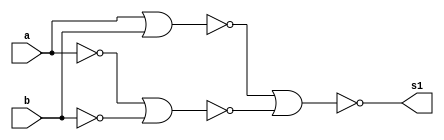
// -------------------------
// Guia_05 - GATES
// Nome: Marcos Antonio Lommez Candido Ribeiro
// 31/08/2022
// -------------------------

module A_xor_B(output s1, input a, input b);
    wire w_1, w_2, w_3, w_4;
    nor NOR1(w_1, a, b);
    nor NOR2(w_2, a, a);
    nor NOR3(w_3, b, b);
    nor NOR4(w_4, w_2, w_3);
    nor NOR5(s1, w_1, w_4);
endmodule

module ex;
    reg a, b;    // independente
    wire s1;

    // nor NOR1(s1, a, b);
    A_xor_B EX05_6(s1, a, b);

    initial
        begin: initial_values
            a = 1'b0; b = 1'b0;
        end

    initial
        begin: main
            $display ( "Marcos Antonio Lommez Candido Ribeiro - 771157" );
            $display ( "Guia05 (a ^ b = a XOR b) (with NOR)" );
            $display ( "a b =  s");
            $monitor ( "%b %b =  %b", a, b, s1);

            #1 a = 0; b = 0; 
            #1 a = 0; b = 1;
            #1 a = 1; b = 0;
            #1 a = 1; b = 1;
        end

endmodule